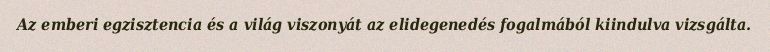
Az emberi egzisztencia és a világ viszonyát az elidegenedés fogalmából kiindulva vizsgálta.